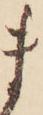
ま